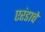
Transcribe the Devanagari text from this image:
एरंडाचे